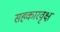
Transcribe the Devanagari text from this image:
सहकारवृक्ष